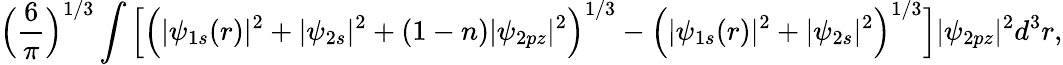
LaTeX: \Big(\frac{6}{\pi}\Big)^{1/3}\int\Big[\Big(|\psi_{1s}(r)|^{2}+|\psi_{2s}|^{2}+(1-n)|\psi_{2pz}|^{2}\Big)^{1/3}-\Big(|\psi_{1s}(r)|^{2}+|\psi_{2s}|^{2}\Big)^{1/3}\Big]|\psi_{2pz}|^{2}d^{3}r,